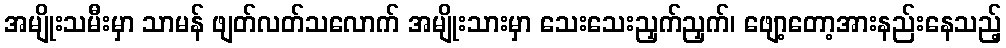
အမျိုးသမီးမှာ သာမန် ဖျတ်လတ်သလောက် အမျိုးသားမှာ သေးသေးညှက်ညှက်၊ ဖျော့တော့အားနည်းနေသည့်